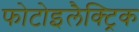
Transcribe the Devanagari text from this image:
फोटोइलैक्ट्रिक